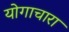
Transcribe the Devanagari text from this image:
योगाचारा